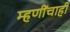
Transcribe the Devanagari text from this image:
म्हणींचाही